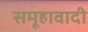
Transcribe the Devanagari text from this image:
समूहावादी